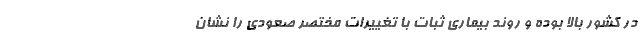
در کشور بالا بوده و روند بیماری ثبات با تغییرات مختصر صعودی را نشان